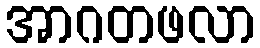
အာဂတဖလာ